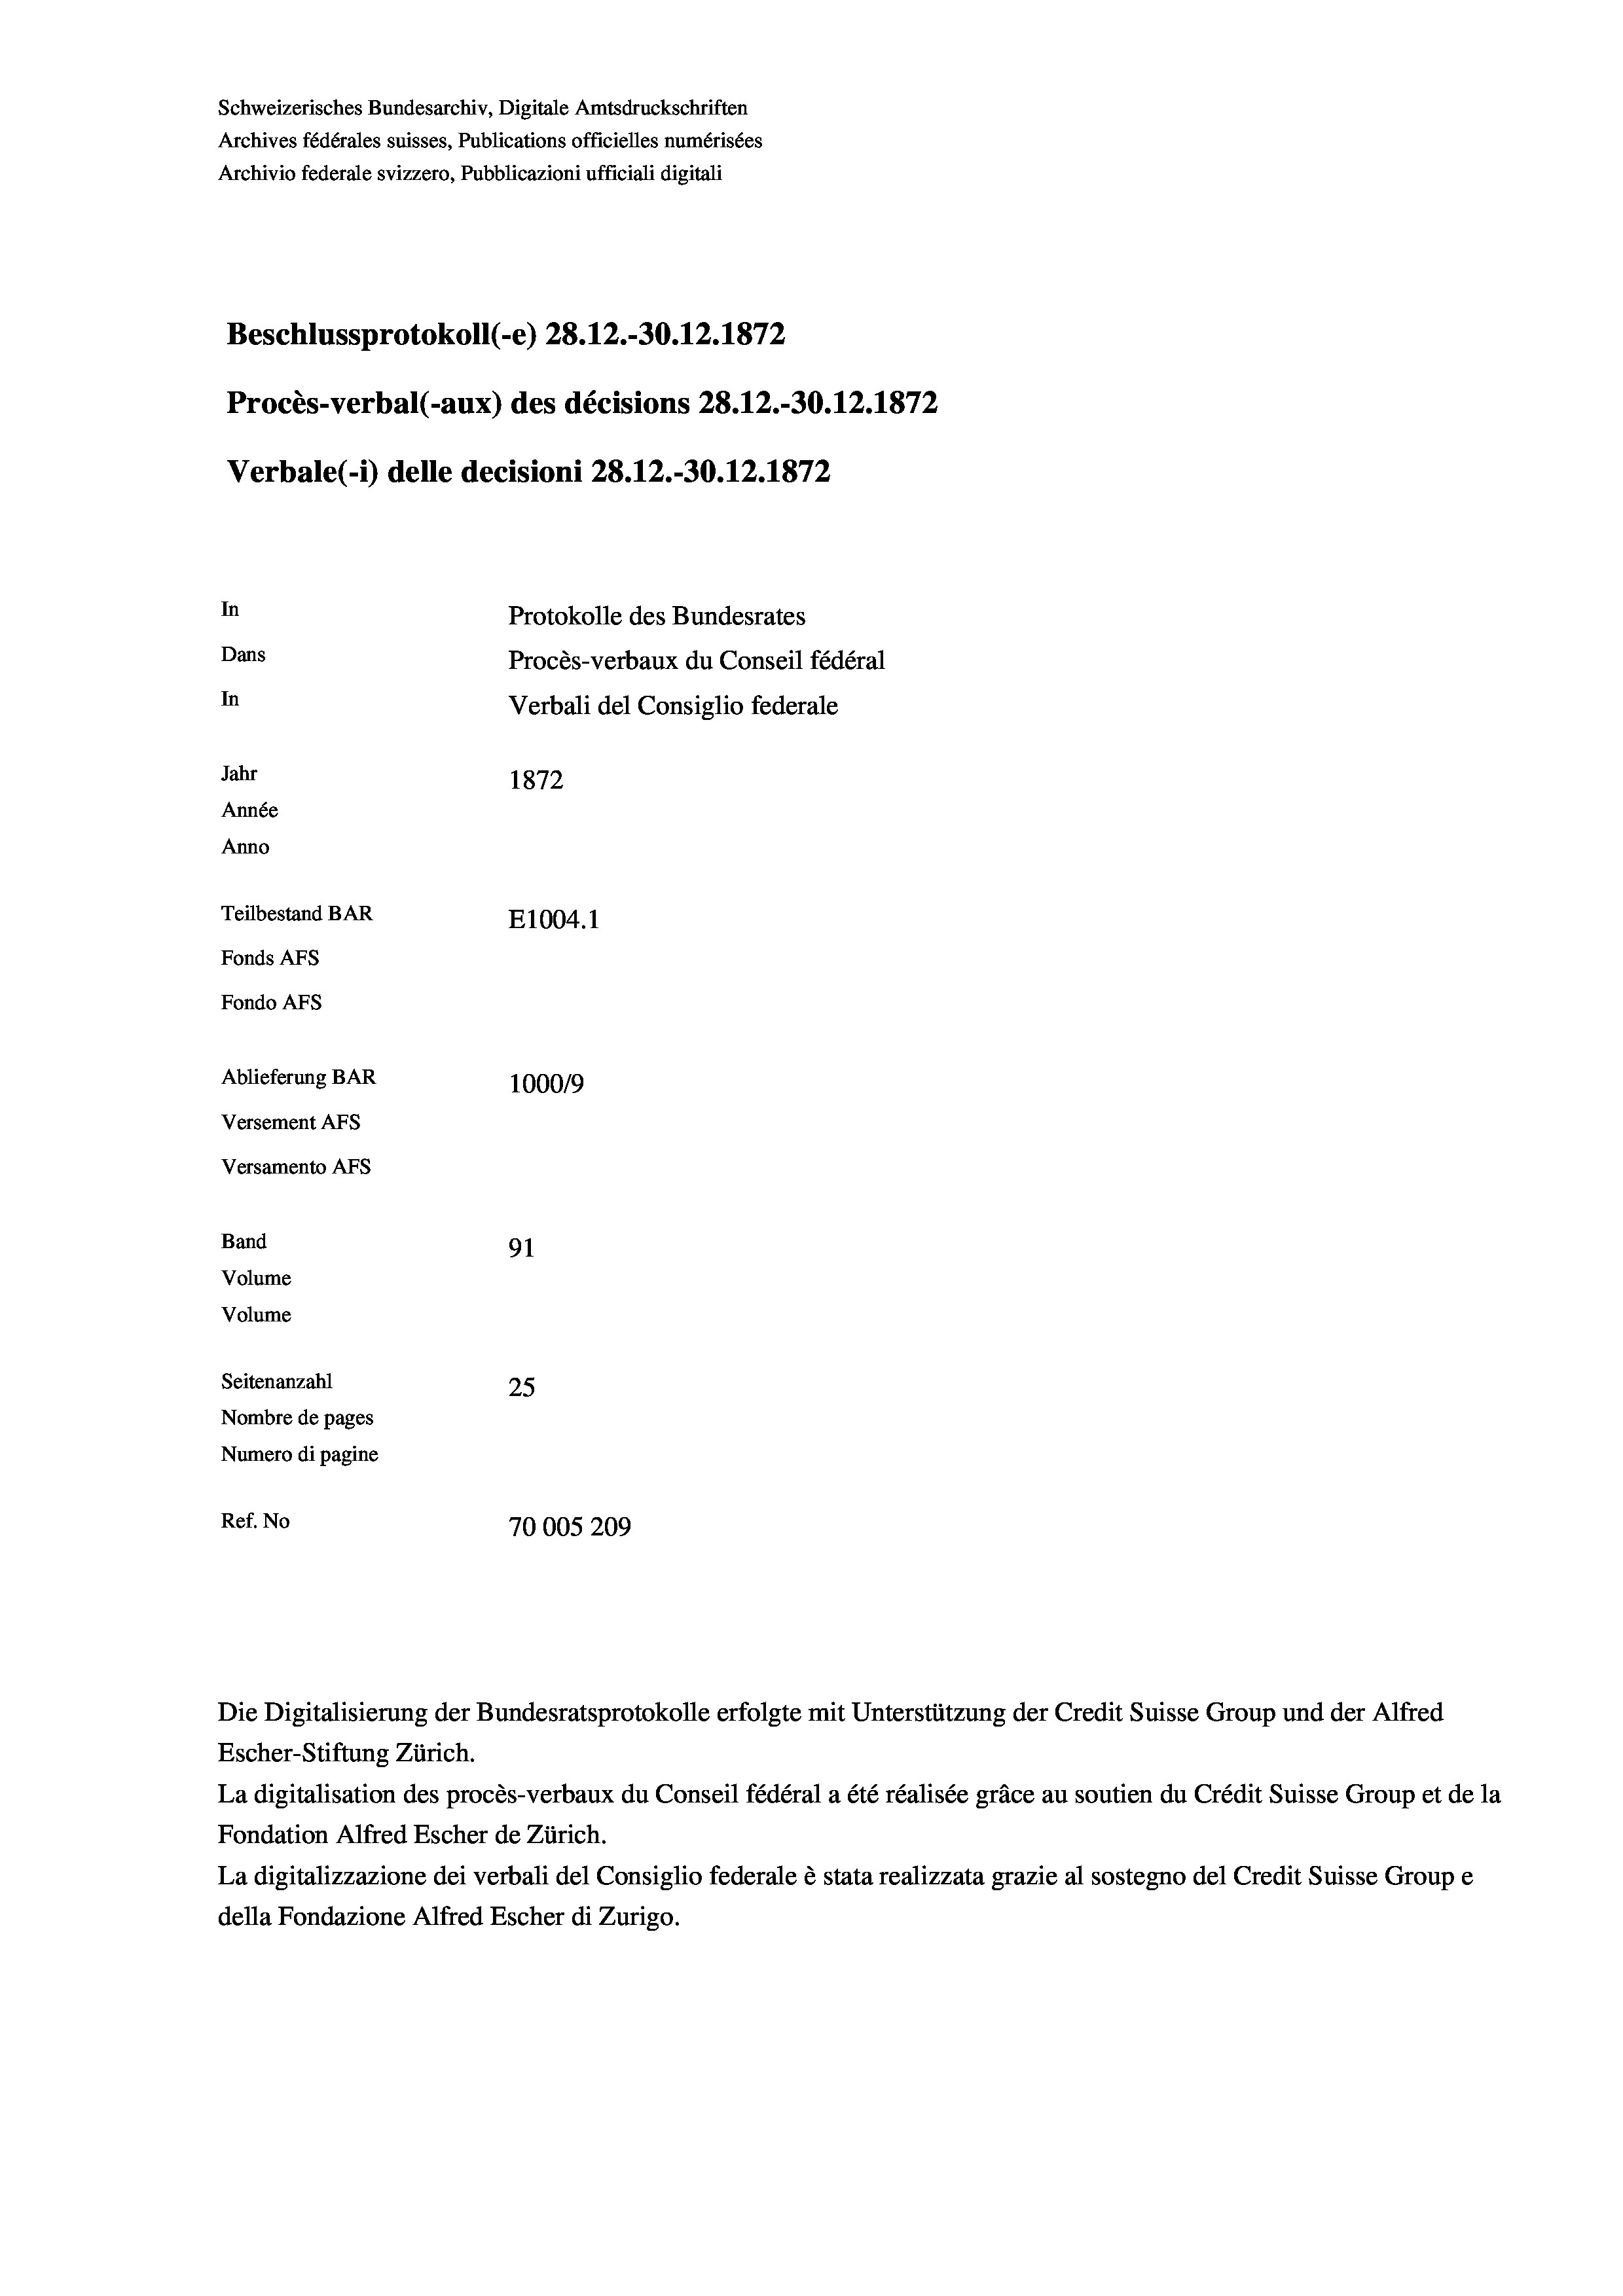
Schweizerisches Bundesarchiv, Digitale Amtsdruckschriften
Archives fédérales suisses, Publications officielles numérisées
Archivio federale svizzero, Pubblicazioni ufficiali digitali
Beschlussprotokoll (-e) 28. 12.-30.12.1872
Procès-verbal (-aux) des décisions 28.12.-30.12.1872
Verbale (- 1) delle decisioni 28. 12.-30.12.1872
In
Protokolle des Bundesrates
Dans
Procès-verbaux du Conseil fédéral
In
Verbali del Consiglio federale
Jahr
1872
Année
Anno
Teilbestand BAR
E1004. 1
Fonds AFs
Fondo Afs
Ablieferung BAR
10009
Versement Ans
Versamento Afs
Band
91
Volume
Volume
Seitenanzahl
25
Nombre de pages
Numero di pagine
Ref. No
70005209

Escher-Stiftung Zürich.
La digitalisation des procès-verbaux du Conseil fédéral a été réalisée gräce au soutien du Crédit Suisse Group et de la
Fondation Alfred Escher de Zürich.
La digitalizzazione dei verbali del Consiglio federale è stata realizzata grazie al sostegno del Credit Suisse Groupe
della Fondazione Alfred Escher di Zurigo.

Die Digitalisierung der Bundesratsprotokolle erfolgte mit Unterstützung der Credit Suisse Group und der Alfred